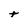
Character: t